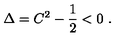
\Delta = C ^ { 2 } - { \frac { 1 } { 2 } } < 0 \ .